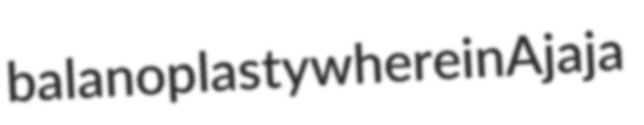
balanoplasty wherein Ajaja